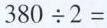
$$3 8 0 \div 2 =$$